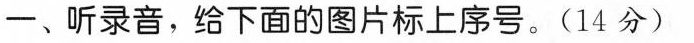
一、听录音，给下面的图片标上序号。(14分)